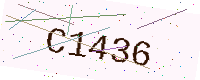
Text: C1436